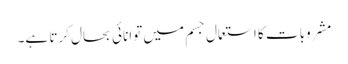
مشروبات کا استعمال جسم میں توانائی بحال کرتا ہے۔